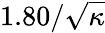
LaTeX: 1.80/\sqrt{\kappa}